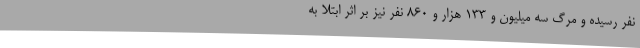
نفر رسیده و مرگ سه میلیون و ۱۳۳ هزار و ۸۶۰ نفر نیز بر اثر ابتلا به